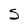
Character: s